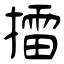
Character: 擂